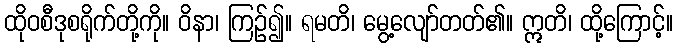
ထိုဝစီဒုစရိုက်တို့ကို။ ဝိနာ၊ ကြဉ်၍။ ရမတိ၊ မွေ့လျော်တတ်၏။ ဣတိ၊ ထို့ကြောင့်။